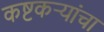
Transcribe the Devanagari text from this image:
कष्टकऱ्यांचा